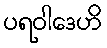
ပရဝါဒေဟိ